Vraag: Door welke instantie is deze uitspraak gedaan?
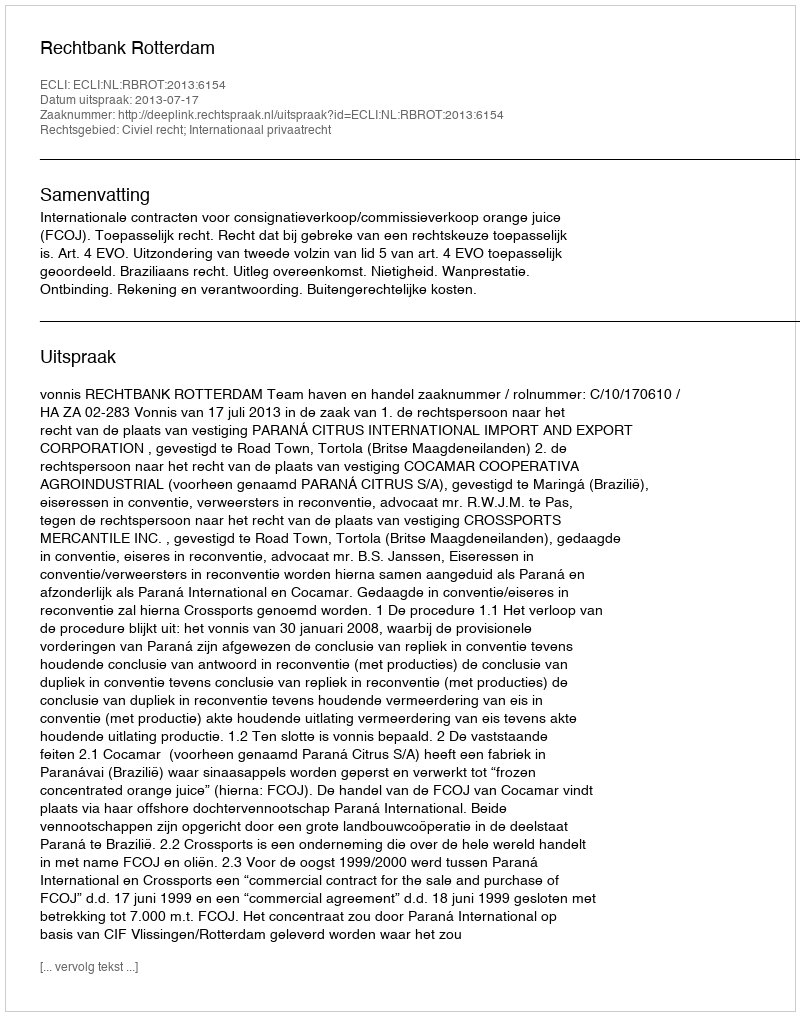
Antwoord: Rechtbank Rotterdam